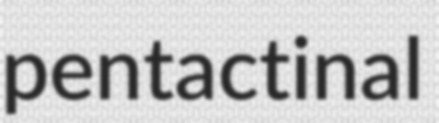
pentactinal